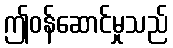
ဤဝန်ဆောင်မှုသည်